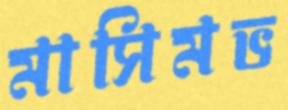
মাসিমভ